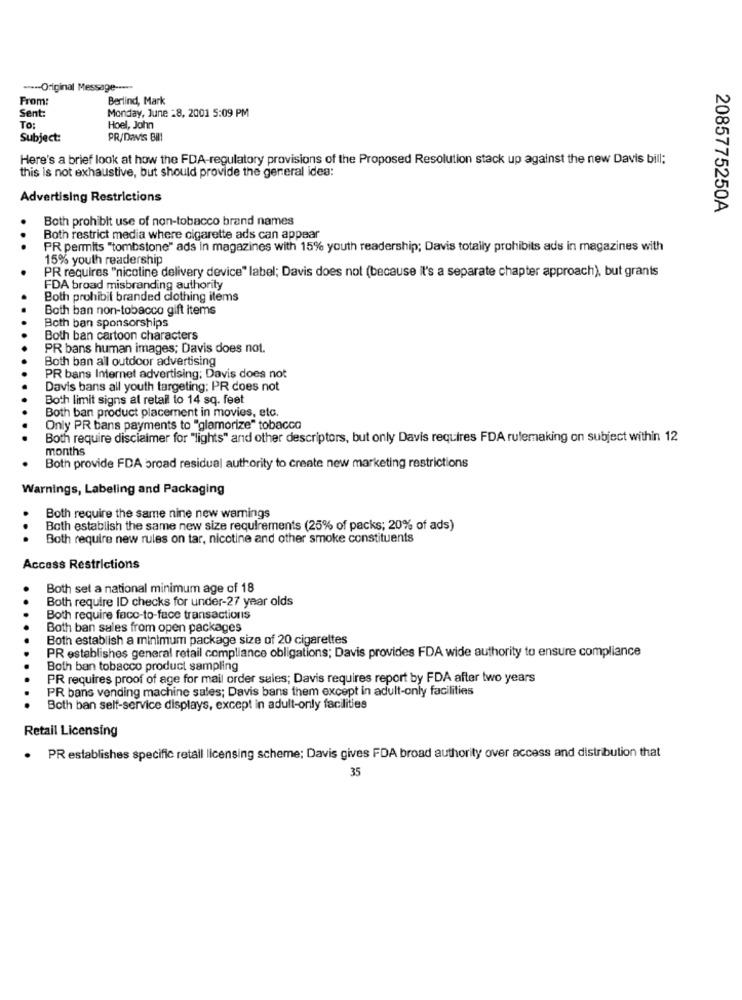
----- Original Message -----
From:
Berlind, Mark
Sent:
Monday, June 28, 2001 5:09 PM
To:
Hoel, John
Subject:
PR/Davis Bil!
Here's a brief look at how the FDA-regulatory provisions of the Proposed Resolution stack up against the new Davis bill;
this is not exhaustive, but should provide the general idea:
Advertising Restrictions
2085775250A
Both prohibit use of non-tobacco brand names
Both restrict media where cigarette ads can appear
..
PR permits "tombstone" ads in magazines with 15% youth readership; Davis totally prohibits ads in magazines with
15% youth readership
PR requires "nicotine delivery device" label; Davis does not (because it's a separate chapter approach), but grants
FDA broad misbranding authority
Both prohibit branded clothing items
Both ban non-tobacco gift items
Both ban sponsorships
Both ban cartoon characters
PR bans human images; Davis does not.
Both ban all outdoor advertising
PR bans Internet advertising; Davis does not
Davis bans all youth targeting; PR does not
Both limit signs at retail to 14 sq. feet
Both ban product placement in movies, etc.
Only PR bans payments to "glamorize" tobacco
Both require disclaimer for "lights" and other descriptors, but only Davis requires FDA rulemaking on subject within 12
months
Both provide FDA broad residual authority to create new marketing restrictions
Warnings, Labeling and Packaging
Both require the same nine new warnings
Both establish the same new size requirements (25% of packs; 20% of ads)
..
Both require new rules on tar, nicotine and other smoke constituents
Access Restrictions
Both set a national minimum age of 18
..
Both require ID checks for under-27 year olds
Both require face-to-face transactions
Both ban sales from open packages
Both establish a minimum package size of 20 cigarettes
PR establishes general retail compliance obligations; Davis provides FDA wide authority to ensure compliance
Both ban tobacco product sampling
PR requires proof of age for mail order sales; Davis requires report by FDA after two years
PR bans vending machine sales; Davis bans them except in adult-only facilities
Both ban self-service displays, except in adult-only facilities
Retail Licensing
. PR establishes specific retall licensing scheme; Davis gives FDA broad authority over access and distribution that
35